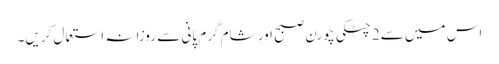
اس میں سے2 چٹکی چورن صبح اور شام گرم پانی سے روزانہ استعمال کریں۔